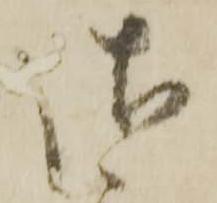
御